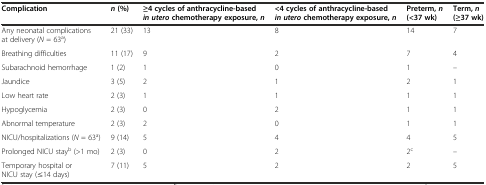
| Complication | n(%) | ≥4 cycles of anthracycline-basedin uterochemotherapy exposure,n | <4 cycles of anthracycline-basedin uterochemotherapy exposure,n | Preterm,n(<37 wk) | Term,n(≥37 wk) |
 | --- | --- | --- | --- | --- | --- |
 | Any neonatal complications at delivery (N = 63a) | 21 (33) | 13 | 8 | 14 | 7 |
 | Breathing difficulties | 11 (17) | 9 | 2 | 7 | 4 |
 | Subarachnoid hemorrhage | 1 (2) | 1 | 0 | 1 | – |
 | Jaundice | 3 (5) | 2 | 1 | 2 | 1 |
 | Low heart rate | 2 (3) | 1 | 1 | 1 | 1 |
 | Hypoglycemia | 2 (3) | 0 | 2 | 1 | 1 |
 | Abnormal temperature | 2 (3) | 2 | 0 | 1 | 1 |
 | NICU/hospitalizations (N = 63a) | 9 (14) | 5 | 4 | 4 | 5 |
 | Prolonged NICU stayb (>1 mo) | 2 (3) | 0 | 2 | 2c | – |
 | Temporary hospital or NICU stay (≤14 days) | 7 (11) | 5 | 2 | 2 | 5 |